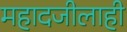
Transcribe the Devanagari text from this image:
महादजीलाही